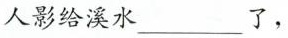
人影给溪水___了，